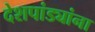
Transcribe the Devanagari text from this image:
देशपांड्यांना